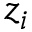
z _ { i }